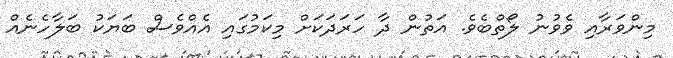
މިންވަރާއި ވެވުނު ލޯތްބެވެ. އަތުން ދާ ހަރަދަކަށް މިކަމުގައި އެއްވެސް ބަޔަކު ބަލާހެނެއް